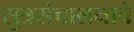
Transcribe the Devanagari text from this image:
सुत्रसंचालनाचे